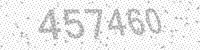
Solution: 457460